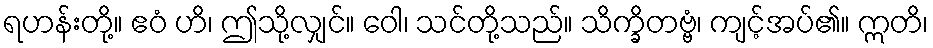
ရဟန်းတို့။ ဧဝံ ဟိ၊ ဤသို့လျှင်။ ဝေါ၊ သင်တို့သည်။ သိက္ခိတဗ္ဗံ၊ ကျင့်အပ်၏။ ဣတိ၊